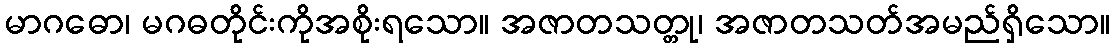
မာဂဓော၊ မဂဓတိုင်းကိုအစိုးရသော။ အဇာတသတ္တု၊ အဇာတသတ်အမည်ရှိသော။